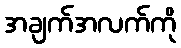
အချက်အလက်ကို